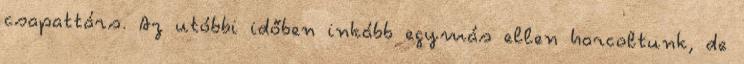
csapattárs. Az utóbbi időben inkább egymás ellen harcoltunk, de